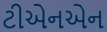
ટીએનએન